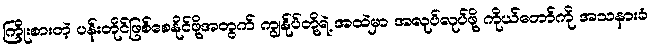
ကြိုးစားတဲ့ ပန်းတိုင်ဖြစ်စေနိုင်ဖို့အတွက် ကျွန်ုပ်တို့ရဲ့ အထဲမှာ အလုပ်လုပ်ဖို့ ကိုယ်တော်ကို အသနားခံ